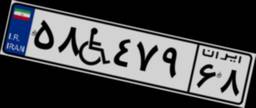
۵۸W۴۷۹۶۸